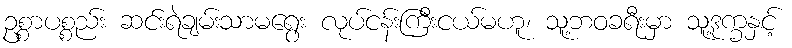
ဥစ္စာပစ္စည်း ဆင်းရဲချမ်းသာမရွေး လုပ်ငန်းကြီးငယ်မဟူ၊ သူ့ဘဝခရီးမှာ သူ့ဒုက္ခနှင့်